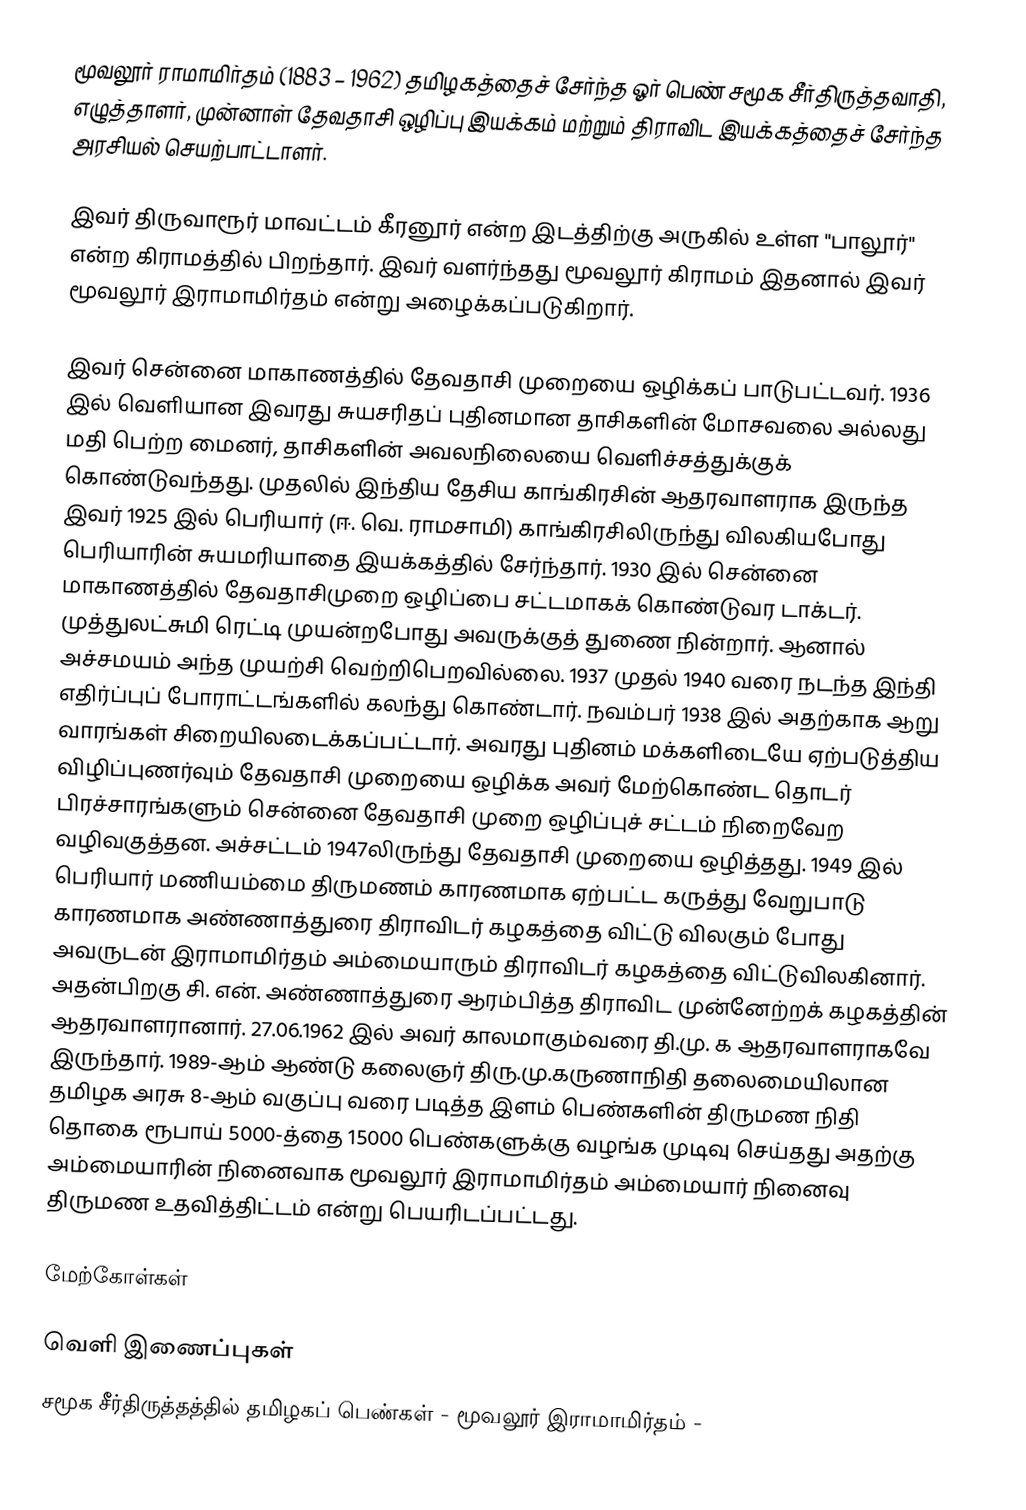
மூவலூர் ராமாமிர்தம் (1883 – 1962)  தமிழகத்தைச் சேர்ந்த ஓர் பெண் சமூக சீர்திருத்தவாதி, எழுத்தாளர், முன்னாள் தேவதாசி ஒழிப்பு இயக்கம் மற்றும் திராவிட இயக்கத்தைச் சேர்ந்த அரசியல் செயற்பாட்டாளர்.

இவர் திருவாரூர் மாவட்டம் கீரனூர் என்ற இடத்திற்கு அருகில் உள்ள "பாலூர்" என்ற கிராமத்தில் பிறந்தார். இவர் வளர்ந்தது மூவலூர் கிராமம் இதனால் இவர் மூவலூர் இராமாமிர்தம் என்று அழைக்கப்படுகிறார்.

இவர் சென்னை மாகாணத்தில் தேவதாசி முறையை ஒழிக்கப் பாடுபட்டவர். 1936 இல் வெளியான இவரது சுயசரிதப் புதினமான தாசிகளின் மோசவலை அல்லது மதி பெற்ற மைனர், தாசிகளின் அவலநிலையை வெளிச்சத்துக்குக் கொண்டுவந்தது. முதலில் இந்திய தேசிய காங்கிரசின் ஆதரவாளராக இருந்த இவர் 1925 இல் பெரியார் (ஈ. வெ. ராமசாமி) காங்கிரசிலிருந்து விலகியபோது பெரியாரின் சுயமரியாதை இயக்கத்தில் சேர்ந்தார். 1930 இல் சென்னை மாகாணத்தில் தேவதாசிமுறை ஒழிப்பை சட்டமாகக் கொண்டுவர டாக்டர். முத்துலட்சுமி ரெட்டி முயன்றபோது அவருக்குத் துணை நின்றார். ஆனால் அச்சமயம் அந்த முயற்சி வெற்றிபெறவில்லை. 1937 முதல் 1940 வரை நடந்த இந்தி எதிர்ப்புப் போராட்டங்களில் கலந்து கொண்டார். நவம்பர் 1938 இல் அதற்காக ஆறு வாரங்கள் சிறையிலடைக்கப்பட்டார்.  அவரது புதினம் மக்களிடையே ஏற்படுத்திய விழிப்புணர்வும் தேவதாசி முறையை ஒழிக்க அவர் மேற்கொண்ட தொடர் பிரச்சாரங்களும் சென்னை தேவதாசி முறை ஒழிப்புச் சட்டம் நிறைவேற வழிவகுத்தன. அச்சட்டம் 1947லிருந்து தேவதாசி முறையை ஒழித்தது. 1949 இல் பெரியார் மணியம்மை திருமணம் காரணமாக ஏற்பட்ட கருத்து வேறுபாடு காரணமாக அண்ணாத்துரை திராவிடர் கழகத்தை விட்டு விலகும் போது அவருடன் இராமாமிர்தம் அம்மையாரும் திராவிடர் கழகத்தை  விட்டுவிலகினார். அதன்பிறகு  சி. என். அண்ணாத்துரை ஆரம்பித்த திராவிட முன்னேற்றக் கழகத்தின் ஆதரவாளரானார். 27.06.1962 இல் அவர் காலமாகும்வரை தி.மு. க ஆதரவாளராகவே இருந்தார். 1989-ஆம் ஆண்டு கலைஞர் திரு.மு.கருணாநிதி தலைமையிலான தமிழக அரசு 8-ஆம் வகுப்பு வரை படித்த இளம் பெண்களின் திருமண நிதி தொகை ரூபாய் 5000-த்தை 15000 பெண்களுக்கு வழங்க முடிவு செய்தது அதற்கு அம்மையாரின் நினைவாக மூவலூர் இராமாமிர்தம் அம்மையார் நினைவு திருமண உதவித்திட்டம் என்று பெயரிடப்பட்டது.

மேற்கோள்கள்

வெளி இணைப்புகள்
சமூக சீர்திருத்தத்தில் தமிழகப் பெண்கள் - மூவலூர் இராமாமிர்தம் -